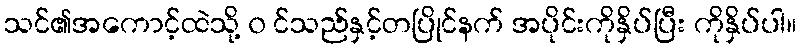
သင်၏အကောင့်ထဲသို့ ၀ င်သည်နှင့်တပြိုင်နက် အပိုင်းကိုနှိပ်ပြီး ကိုနှိပ်ပါ။